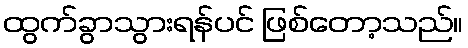
ထွက်ခွာသွားရန်ပင် ဖြစ်တော့သည်။